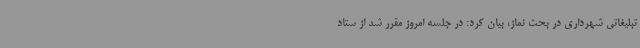
تبلیغاتی شهرداری در بحث نماز، بیان کرد: در جلسه امروز مقرر شد از ستاد